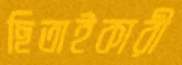
ছিতাইকারী